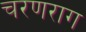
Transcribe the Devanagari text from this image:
चरणराग